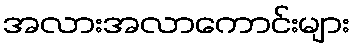
အလားအလာကောင်းများ